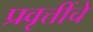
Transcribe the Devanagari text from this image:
प्रवृत्तींचे